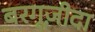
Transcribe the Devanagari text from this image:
बरगूज़ीदा